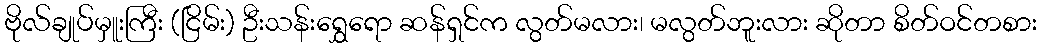
ဗိုလ်ချုပ်မှူးကြီး (ငြိမ်း) ဦးသန်းရွှေရော ဆန်ရှင်က လွတ်မလား၊ မလွတ်ဘူးလား ဆိုတာ စိတ်ဝင်တစား